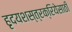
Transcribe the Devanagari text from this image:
हृदयशस्त्रक्रियेसाठी